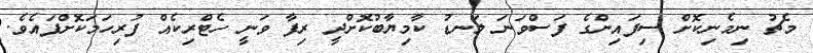
މެޗު ނިމެނިކޮށް ސިފައިންގެ ފަސްވަނަ ލަނޑު ކާމިޔާބުކޮށްދީ ރިފާ ވަނީ ހެޓްރިކެއް ފުރިހަމަކޮށްފައެވެ.